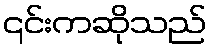
၎င်းကဆိုသည်